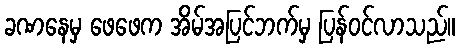
ခဏနေမှ ဖေဖေက အိမ်အပြင်ဘက်မှ ပြန်ဝင်လာသည်။